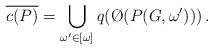
LaTeX: \begin{align*} \overline{c(P)}=\bigcup_{\omega'\in[\omega]}q(\O(P(G,\omega')))\,. \end{align*}